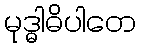
မုဒ္ဓါဓိပါတေ